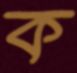
ক